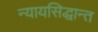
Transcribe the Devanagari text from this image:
न्यायसिद्धान्त